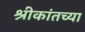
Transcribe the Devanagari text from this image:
श्रीकांतच्या